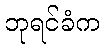
ဘုရင်ခံက